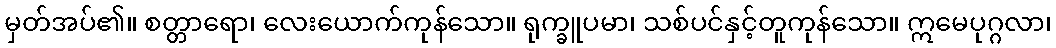
မှတ်အပ်၏။ စတ္တာရော၊ လေးယောက်ကုန်သော။ ရုက္ခူပမာ၊ သစ်ပင်နှင့်တူကုန်သော။ ဣမေပုဂ္ဂလာ၊